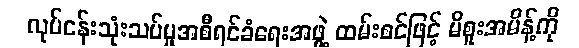
လုပ်ငန်းသုံးသပ်မှုအစီရင်ခံရေးအဖွဲ့ ထမ်းစင်ဖြင့် မိစူးအမိန့်ကို